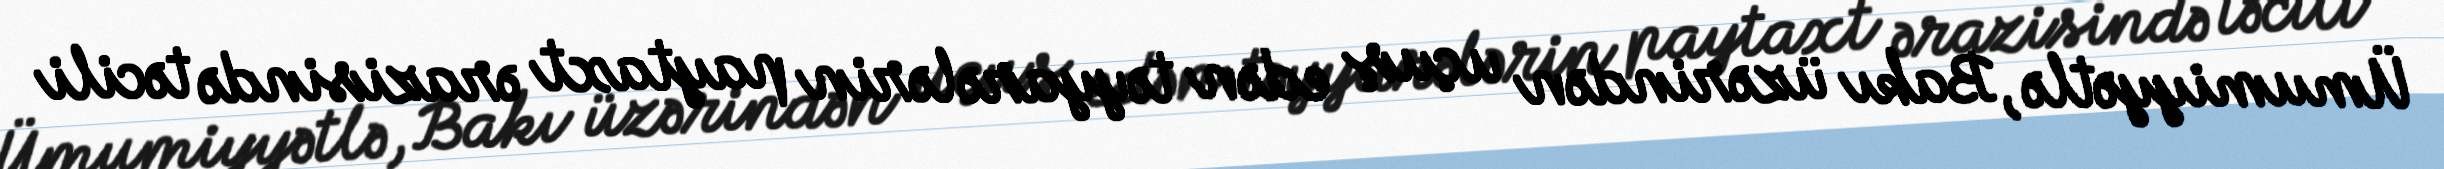
Ümumiyyətlə, Bakı üzərindən uçuş edən təyyarələrin paytaxt ərazisində təcili